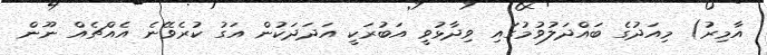
އާމިރު) މިއަދުގެ ބައްދަލުވުމުގައި ވިދާޅުވީ އަބުރަކީ އަދަދަކުން އަގު ކުރެވޭނެ އެއްޗެއް ނޫން